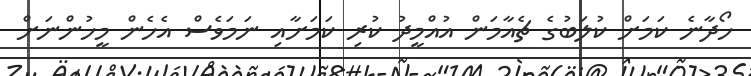
ހޯދާނެ ކަމަށް ކުލަބުގެ ޗެއާމަން އުއްމީދު ކުރި ކަމަށާއި ނަމަވެސް އެހެން މީހުންނަށް